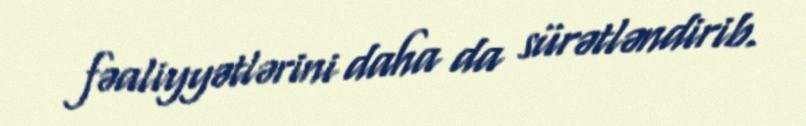
fəaliyyətlərini daha da sürətləndirib.